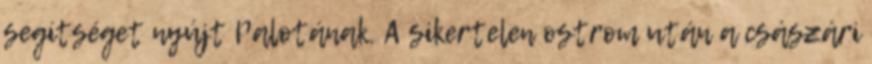
segítséget nyújt Palotának. A sikertelen ostrom után a császári